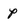
Character: p